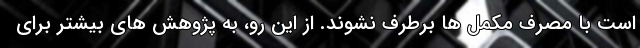
است با مصرف مکمل ها برطرف نشوند. از این رو، به پژوهش های بیشتر برای